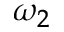
\omega _ { 2 }